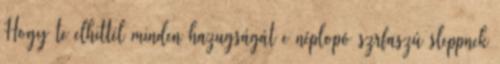
Hogy te elhittél minden hazugságát e néplopó szrfaszú sleppnek